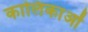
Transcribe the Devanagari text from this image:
कालिकाओं